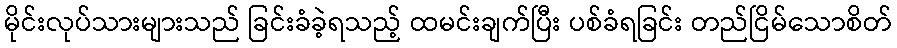
မိုင်းလုပ်သားများသည် ခြင်းခံခဲ့ရသည့် ထမင်းချက်ပြီး ပစ်ခံရခြင်း တည်ငြိမ်သောစိတ်